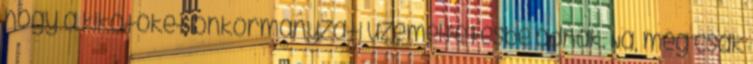
hogy a kikötőket önkormányzati üzemeltetésbe adnák. Na, még csak